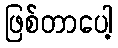
ဖြစ်တာပေါ့